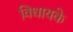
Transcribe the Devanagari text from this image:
विधायके